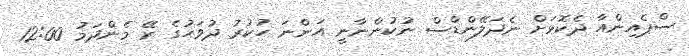
ސްޕެއިންއާ ދެކޮޅަށް ނެދަލޭންޑްސް ނުކުންނާނީ އަންނަ ހުކުރު ދުވަހުގެ ރޭ މެންދަމު 12:00